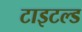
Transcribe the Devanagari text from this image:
टाइटल्ड